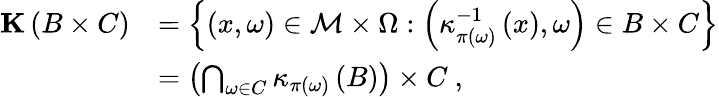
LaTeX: \begin{array}{rl}{\mathbf{K}\left(B\times C\right)}&{=\left\{ \left(x,\omega\right)\in\mathcal{M}\times\Omega:\left(\kappa_{\pi\left(\omega\right)}^{-1}\left(x\right),\omega\right)\in B\times C\right\} }\\ &{=\left(\bigcap_{\omega\in C}\kappa_{\pi\left(\omega\right)}\left(B\right)\right)\times C\ ,}\end{array}